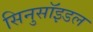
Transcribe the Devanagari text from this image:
सिनुसॉइडल